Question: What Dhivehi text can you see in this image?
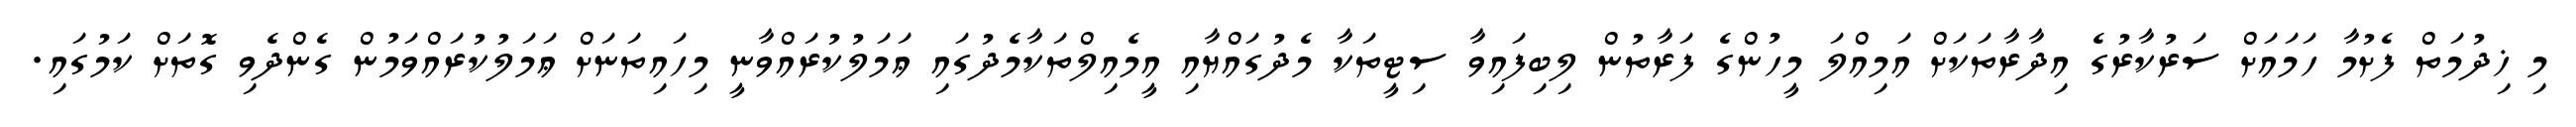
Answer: މި ޚިދުމަތް ފެށުމާ ހަމައަށް ސަރުކާރުގެ އިދާރާތަކަށް އަމިއްލަ މީހުންގެ ފަރާތުން ލިބިފައިވާ ސިޓީތަކާ މެދުގައްޔާއި އީމެއިލްތަކާމެދުގައި ޢަމަލުކުރައްވާނީ މިހައިތަނަށް ޢަމަލުކުރައްވަމުން ގެންދެވި ގޮތަށް ކަމުގައި.